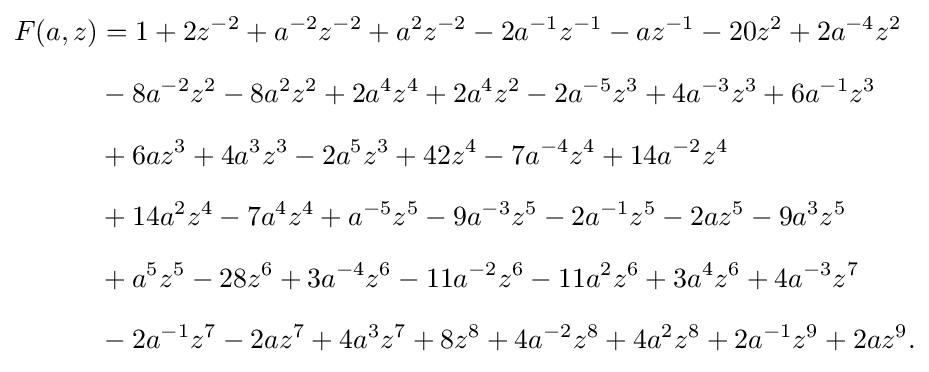
{\begin{aligned}F(a,z)&=1+2z^{-2}+a^{-2}z^{-2}+a^{2}z^{-2}-2a^{-1}z^{-1}-az^{-1}-20z^{2}+2a^{-4}z^{2}\\[6pt]&{}-8a^{-2}z^{2}-8a^{2}z^{2}+2a^{4}z^{4}+2a^{4}z^{2}-2a^{-5}z^{3}+4a^{-3}z^{3}+6a^{-1}z^{3}\\[6pt]&{}+6az^{3}+4a^{3}z^{3}-2a^{5}z^{3}+42z^{4}-7a^{-4}z^{4}+14a^{-2}z^{4}\\[6pt]&{}+14a^{2}z^{4}-7a^{4}z^{4}+a^{-5}z^{5}-9a^{-3}z^{5}-2a^{-1}z^{5}-2az^{5}-9a^{3}z^{5}\\[6pt]&{}+a^{5}z^{5}-28z^{6}+3a^{-4}z^{6}-11a^{-2}z^{6}-11a^{2}z^{6}+3a^{4}z^{6}+4a^{-3}z^{7}\\[6pt]&{}-2a^{-1}z^{7}-2az^{7}+4a^{3}z^{7}+8z^{8}+4a^{-2}z^{8}+4a^{2}z^{8}+2a^{-1}z^{9}+2az^{9}.\end{aligned}}